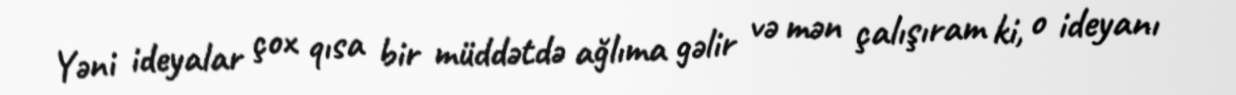
Yəni ideyalar çox qısa bir müddətdə ağlıma gəlir və mən çalışıram ki, o ideyanı